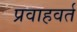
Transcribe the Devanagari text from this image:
प्रवाहवर्त